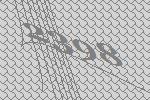
2398